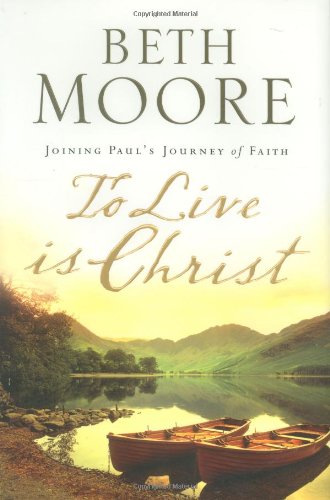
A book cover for To Live Is Christ; Beth Moore; Christian Books & Bibles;